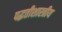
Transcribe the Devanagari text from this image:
पद्धतीशास्त्रीय